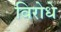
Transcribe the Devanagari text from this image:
विरोधे